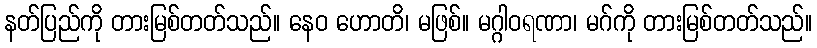
နတ်ပြည်ကို တားမြစ်တတ်သည်။ နေဝ ဟောတိ၊ မဖြစ်။ မဂ္ဂါဝရဏာ၊ မဂ်ကို တားမြစ်တတ်သည်။